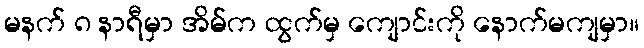
မနက် ၈ နာရီမှာ အိမ်က ထွက်မှ ကျောင်းကို နောက်မကျမှာ။